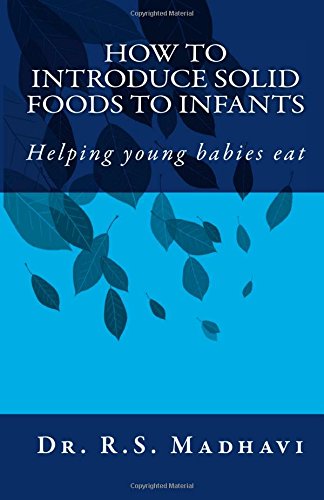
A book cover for How to Introduce Solid Foods to Infants: Helping young babies eat; Dr R.S. Madhavi; Cookbooks, Food & Wine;